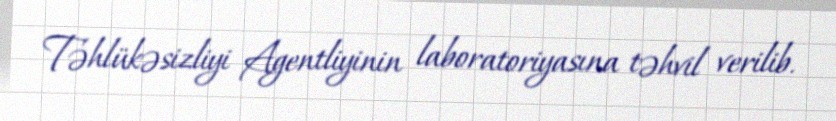
Təhlükəsizliyi Agentliyinin laboratoriyasına təhvil verilib.